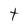
Character: t